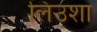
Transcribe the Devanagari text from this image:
लिउशा